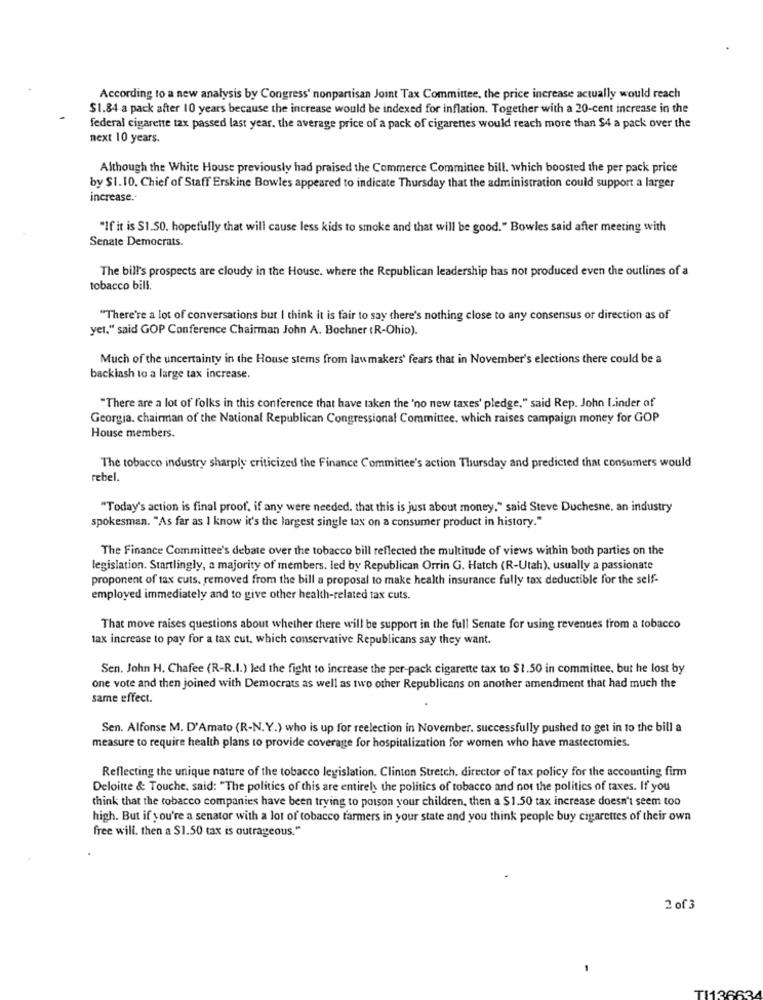
According to a new analysis by Congress' nonpartisan Joint Tax Committee, the price increase actually would reach
$1.84 a pack after 10 years because the increase would be indexed for inflation. Together with a 20-cent increase in the
federal cigarette tax passed last year. the average price of a pack of cigarenes would reach more than $4 a pack over the
next 10 years.
Although the White House previously had praised the Commerce Comminee bill, which boosted the per pack price
by $1.10. Chief of Staff Erskine Bowles appeared to indicate Thursday that the administration could support a larger
increase.
"If it is $1.50. hopefully that will cause less kids to smoke and that will be good." Bowles said after meeting with
Senate Democrats.
The bill's prospects are cloudy in the House. where the Republican leadership has not produced even the outlines of a
tobacco bili.
"There're a lot of conversations but I think it is fair to say there's nothing close to any consensus or direction as of
yet." said GOP Conference Chairman John A. Boehner (R-Ohio).
Much of the uncertainty in the House stems from lawmakers' fears that in November's elections there could be a
backlash to a large tax increase.
"There are a lot of folks in this conference that have taken the 'no new taxes' pledge," said Rep. John I.inder of
Georgia, chairman of the National Republican Congressional Committee, which raises campaign money for GOP
House members.
The tobacco industry sharply criticized the Finance Committee's action Thursday and predicted that consumers would
rebel.
"Today's action is final proof, if any were needed, that this is just about money," said Steve Duchesne, an industry
spokesman. "As far as I know it's the largest single tax on a consumer product in history."
The Finance Committee's debate over the tobacco bill reflected the multitude of views within both parties on the
legislation. Startlingly, a majority of members. led by Republican Orrin G. Hatch (R-Utah), usually a passionate
proponent of tax cuts. removed from the bill a proposal to make health insurance fully tax deductible for the self-
employed immediately and to give other health-related tax cuts.
That move raises questions about whether there will be support in the full Senate for using revenues from a tobacco
tax increase to pay for a tax cut, which conservative Republicans say they want.
Sen. John H. Chafee (R-R.I.) led the fight to increase the per-pack cigarette tax to $1.50 in committee, but he lost by
one vote and then joined with Democrats as well as two other Republicans on another amendment that had much the
same effect.
Sen. Alfonse M. D'Amato (R-N.Y.) who is up for reelection in November. successfully pushed to get in to the bill a
measure to require health plans to provide coverage for hospitalization for women who have mastectomies.
Reflecting the unique nature of the tobacco legislation. Clinton Stretch, director of tax policy for the accounting firm
Deloitte & Touche, said: "The politics of this are entirely the politics of tobacco and not the politics of taxes. If you
think that the tobacco companies have been trying to poison your children, then a $1.50 tax increase doesn't seem too
high. But if you're a senator with a lot of tobacco farmers in your state and you think people buy cigarettes of their own
free will. then a $1.50 tax is outrageous."
2 of 3
TI13663